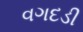
વગદડી